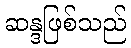
ဆန္ဒဖြစ်သည်